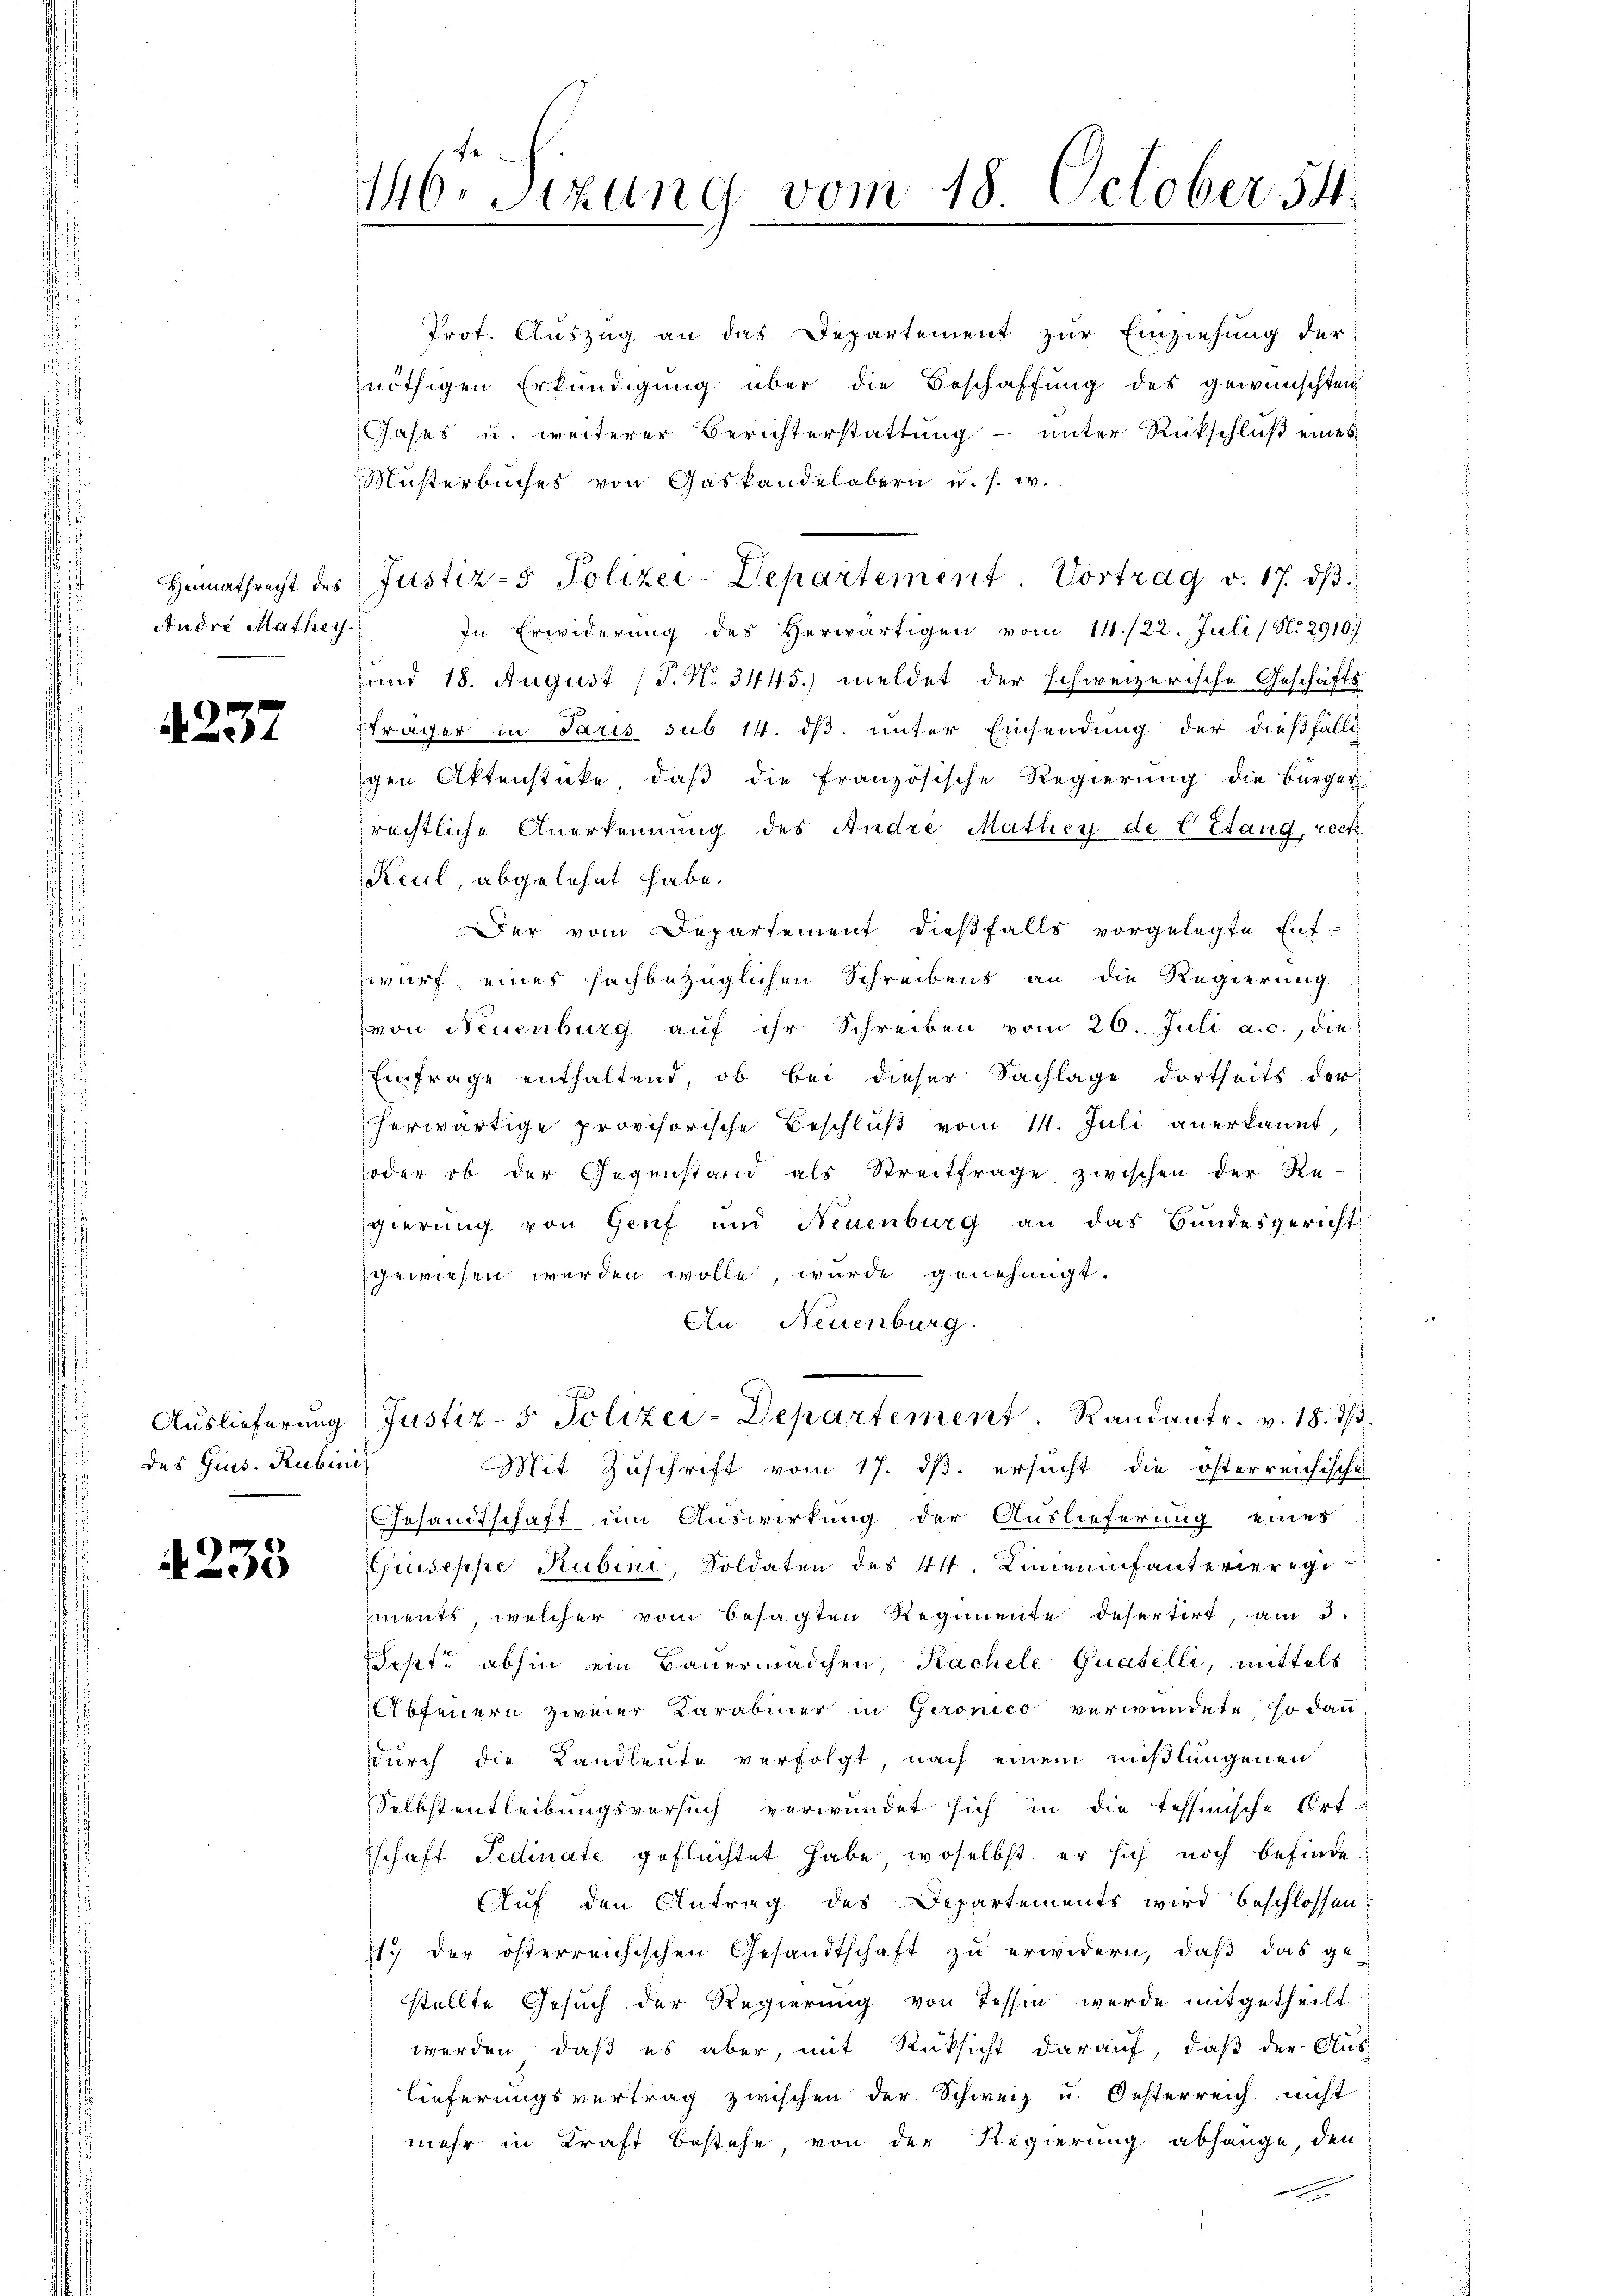
Andre Mathey

4237

des Gins. Rubini¬

4233

146. Sizung vom 18. October 54.

Prof. Auszug an das Departement zur Einziehung der
nöthigen Erkundigung über die Beschaffung des gewünschten
Gases u. weiterer Berichterstattung – unter Rückschluß eines
Müsterbuches von Gaskandelabern u. s. w.
In Erwiderung des Herwärtigen vom 14./22. Juli/ N. 2910.
und 18. August (T. No 3445.) meldet der schweizerische Geschäfts
Eträcher in Paris sub 14. ds. unter Einsendung der dießfälli
gen Aktenstücke, daß die französische Regierung die Bürger
rechtliche Anerkennung des Andre Mathey de E Stang, reck
Keul abgelehnt habe.
Der vom Departement dießfalls vorgelegte Ent-
wurf eines sachbezüglichen Schreibens an die Regierung
von Neuenburg auf ihr Schreiben vom 26. Juli a. c., die
Einfrage enthaltend, ob bei dieser Sachlage dortheits der
herwärtige provisorische Beschluß vom 14. Juli anerkannt,
oder ob der Gegenstand als Streitfrage zwischen der Re-
gierung von Genf und Neuenburg an das Bundesgericht
gewiesen werden wolle, wurde genehmigt.
An Neuenburg
Aŭslieferung Justiz- & Polizei-Departement. Randantr. v. 18. ds.
Mit Zuschrift vom 17. ds. ersucht die österreichische
Gesandtschaft um Auswirkung der Auslieferung eines
Giuseppe Rubini, Soldaten des 44. Linieeinfanterieregi
ments, welcher vom besagten Regimente desertirt, am 3.
Sept. abhin ein Bauermädchen, Kachele Guatelli, mittels
Obfeuern zweier Karabiner in Geronico verwundete, so dann
durch die Landleute verfolgt, nach einem mißlungenen
Selbstentleibungsversuch verwundet sich in die tessinische Ort-
Tschaft Fedinate geflüchtet habe, woselbst er sich noch befinde
Auf den Antrag des Departements wird beschlossen:
1. der österreichischen Gesandtschaft zŭ erwidern, daβ das ge-
stellte Gesuch der Regierung von Tessin werde mitgetheilt
werden, daß es aber, mit Rücksicht darauf, daß der Aus-
lieferungsvertrag zwischen der Schweiz u. Oesterreich nicht.
mehr in Kraft bestehe, von der Regierung abhänge, den
e

Heimathrecht des Justiz- & Polizei-Departement Vortrag v. 17. dβ